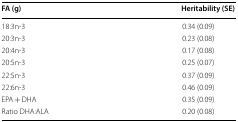
<table><thead><tr><td><b>FA (g)</b></td><td><b>Heritability (SE)</b></td></tr></thead><tbody><tr><td>18:3n-3</td><td>0.34 (0.09)</td></tr><tr><td>20:3n-3</td><td>0.23 (0.08)</td></tr><tr><td>20:4n-3</td><td>0.17 (0.08)</td></tr><tr><td>20:5n-3</td><td>0.25 (0.07)</td></tr><tr><td>22:5n-3</td><td>0.37 (0.09)</td></tr><tr><td>22:6n-3</td><td>0.46 (0.09)</td></tr><tr><td>EPA + DHA</td><td>0.35 (0.09)</td></tr><tr><td>Ratio DHA:ALA</td><td>0.20 (0.08)</td></tr></tbody></table>